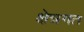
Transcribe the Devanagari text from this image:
क्षेत्रगत